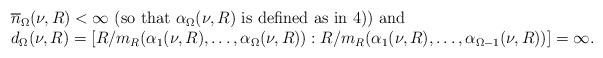
LaTeX: \begin{align*}\begin{array}{l}\mbox{$\overline n_{\Omega}(\nu,R)<\infty$ (so that $\alpha_{\Omega}(\nu,R)$ is defined as in 4)) and}\\\mbox{$d_{\Omega}(\nu,R)=[R/m_R(\alpha_1(\nu,R),\ldots,\alpha_{\Omega}(\nu,R)):R/m_R(\alpha_1(\nu,R),\ldots,\alpha_{\Omega-1}(\nu,R))]=\infty$.}\end{array}\end{align*}